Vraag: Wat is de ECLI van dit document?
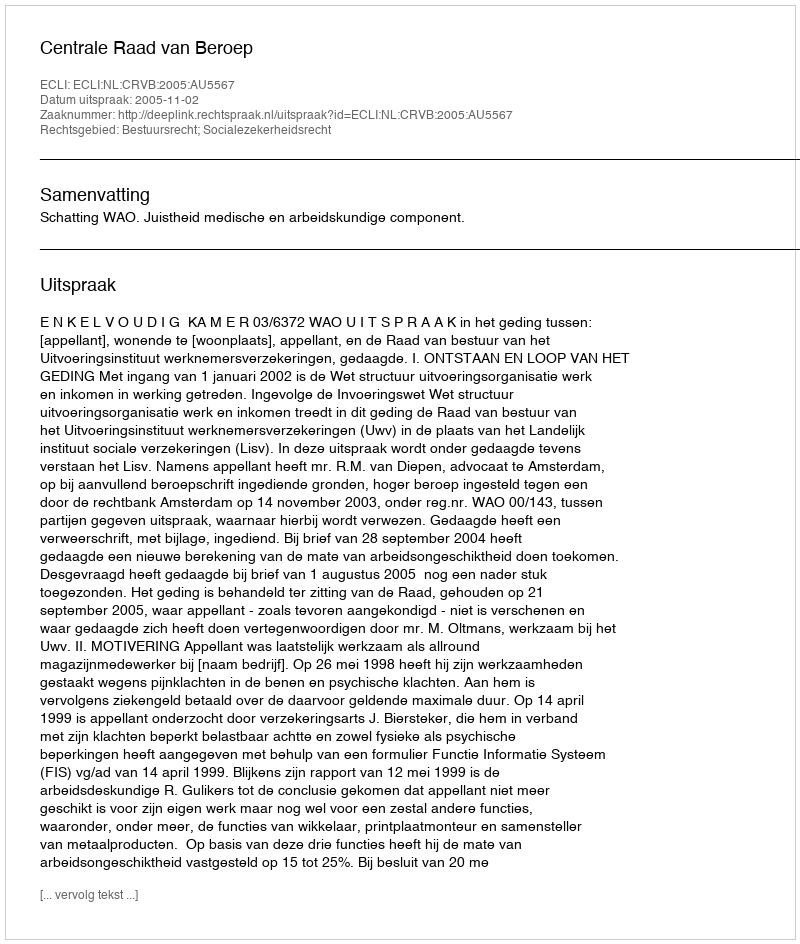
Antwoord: ECLI:NL:CRVB:2005:AU5567